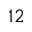
_ { 1 2 }